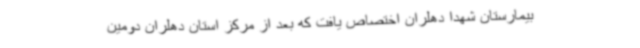
بیمارستان شهدا دهلران اختصاص یافت که بعد از مرکز استان دهلران دومین